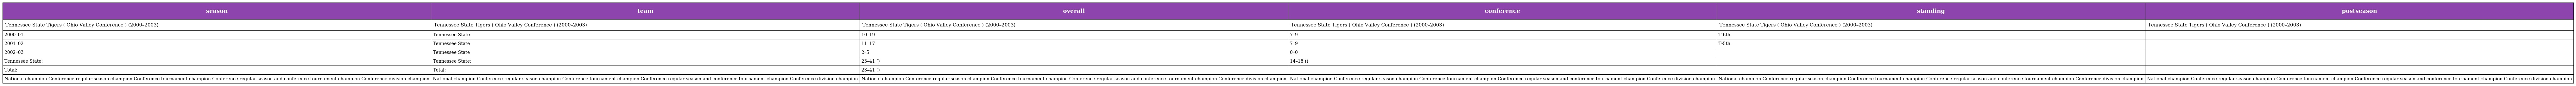
| season | team | overall | conference | standing | postseason |
 | --- | --- | --- | --- | --- | --- |
 | Tennessee State Tigers ( Ohio Valley Conference ) (2000–2003) | Tennessee State Tigers ( Ohio Valley Conference ) (2000–2003) | Tennessee State Tigers ( Ohio Valley Conference ) (2000–2003) | Tennessee State Tigers ( Ohio Valley Conference ) (2000–2003) | Tennessee State Tigers ( Ohio Valley Conference ) (2000–2003) | Tennessee State Tigers ( Ohio Valley Conference ) (2000–2003) |
 | 2000–01 | Tennessee State | 10–19 | 7–9 | T-6th |  |
 | 2001–02 | Tennessee State | 11–17 | 7–9 | T-5th |  |
 | 2002–03 | Tennessee State | 2–5 | 0–0 |  |  |
 | Tennessee State: | Tennessee State: | 23–41 () | 14–18 () |  |  |
 | Total: | Total: | 23–41 () |  |  |  |
 | National champion Conference regular season champion Conference tournament champion Conference regular season and conference tournament champion Conference division champion | National champion Conference regular season champion Conference tournament champion Conference regular season and conference tournament champion Conference division champion | National champion Conference regular season champion Conference tournament champion Conference regular season and conference tournament champion Conference division champion | National champion Conference regular season champion Conference tournament champion Conference regular season and conference tournament champion Conference division champion | National champion Conference regular season champion Conference tournament champion Conference regular season and conference tournament champion Conference division champion | National champion Conference regular season champion Conference tournament champion Conference regular season and conference tournament champion Conference division champion |